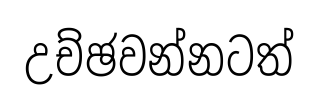
උච්ඡවන්නටත්